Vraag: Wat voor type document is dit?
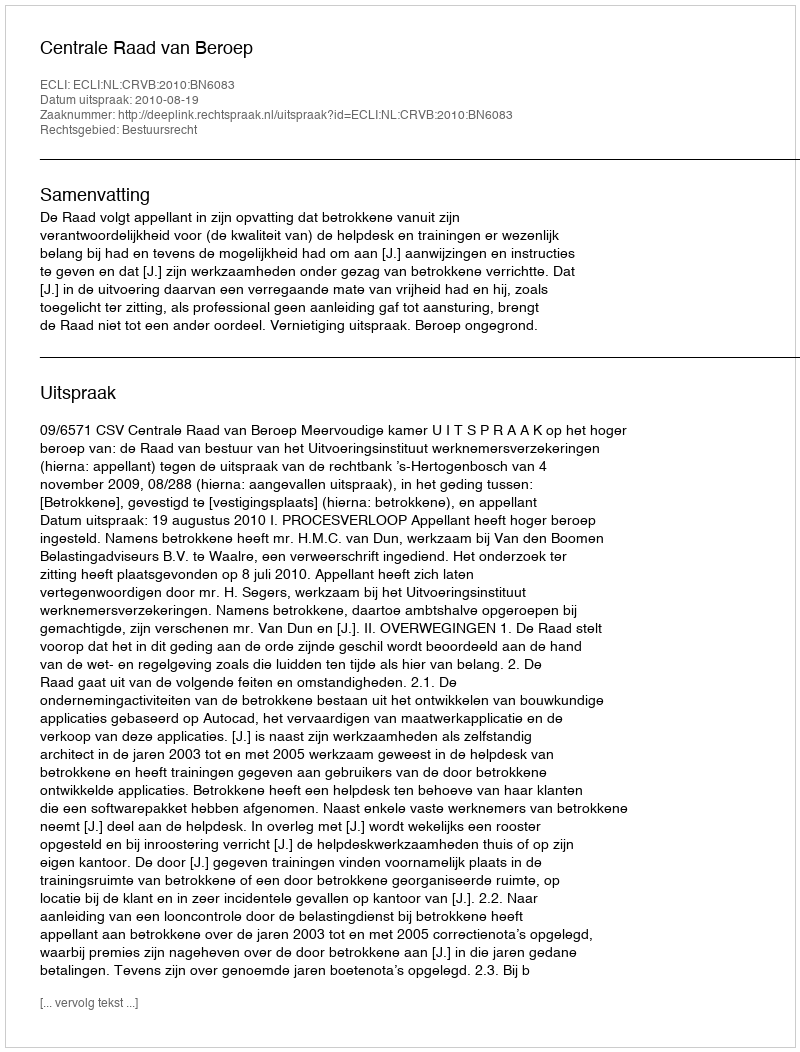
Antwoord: Uitspraak